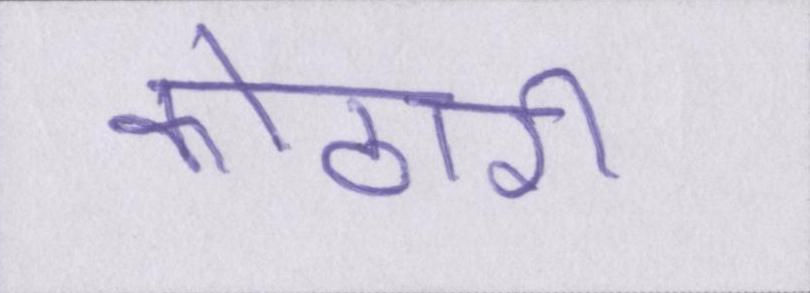
कोठारी